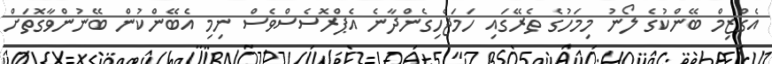
އެގްޒިމް ބޭންކުގެ ލޯނު މިމަހުގެ ތެރޭގައި ހަމަޖެހިގެންދާނެ އެޕްރޮސެސްވެސް ނިމި އެބޭންކުން ބޭނުންވާގޮތަށް